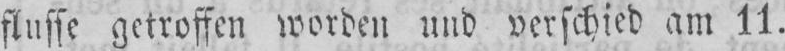
flusse getroffen worden und verschied am 11.